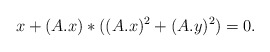
\begin{align*}x+(A.x)*((A.x)^2+(A.y)^2)=0.\end{align*}